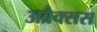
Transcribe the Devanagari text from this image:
अब्रैक्सस